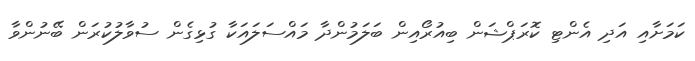
ކަމަށާއި އަދި އެންޓި ކޮރަޕްޝަން ބިއުރޯއިން ބަލަމުންދާ މައްސަލައަކާ ގުޅިގެން ސުވާލުކުރަން ބޭނުންވާ